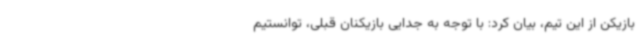
بازیکن از این تیم، بیان کرد: با توجه به جدایی بازیکنان قبلی، توانستیم